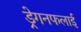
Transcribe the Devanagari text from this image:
ड्रेगनफलाई